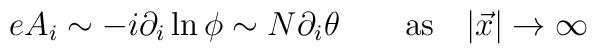
e A_i\sim -i\partial_i \ln\phi \sim N\partial_i\theta \qquad {\rm as} \quad|\vec{x}|\to \infty